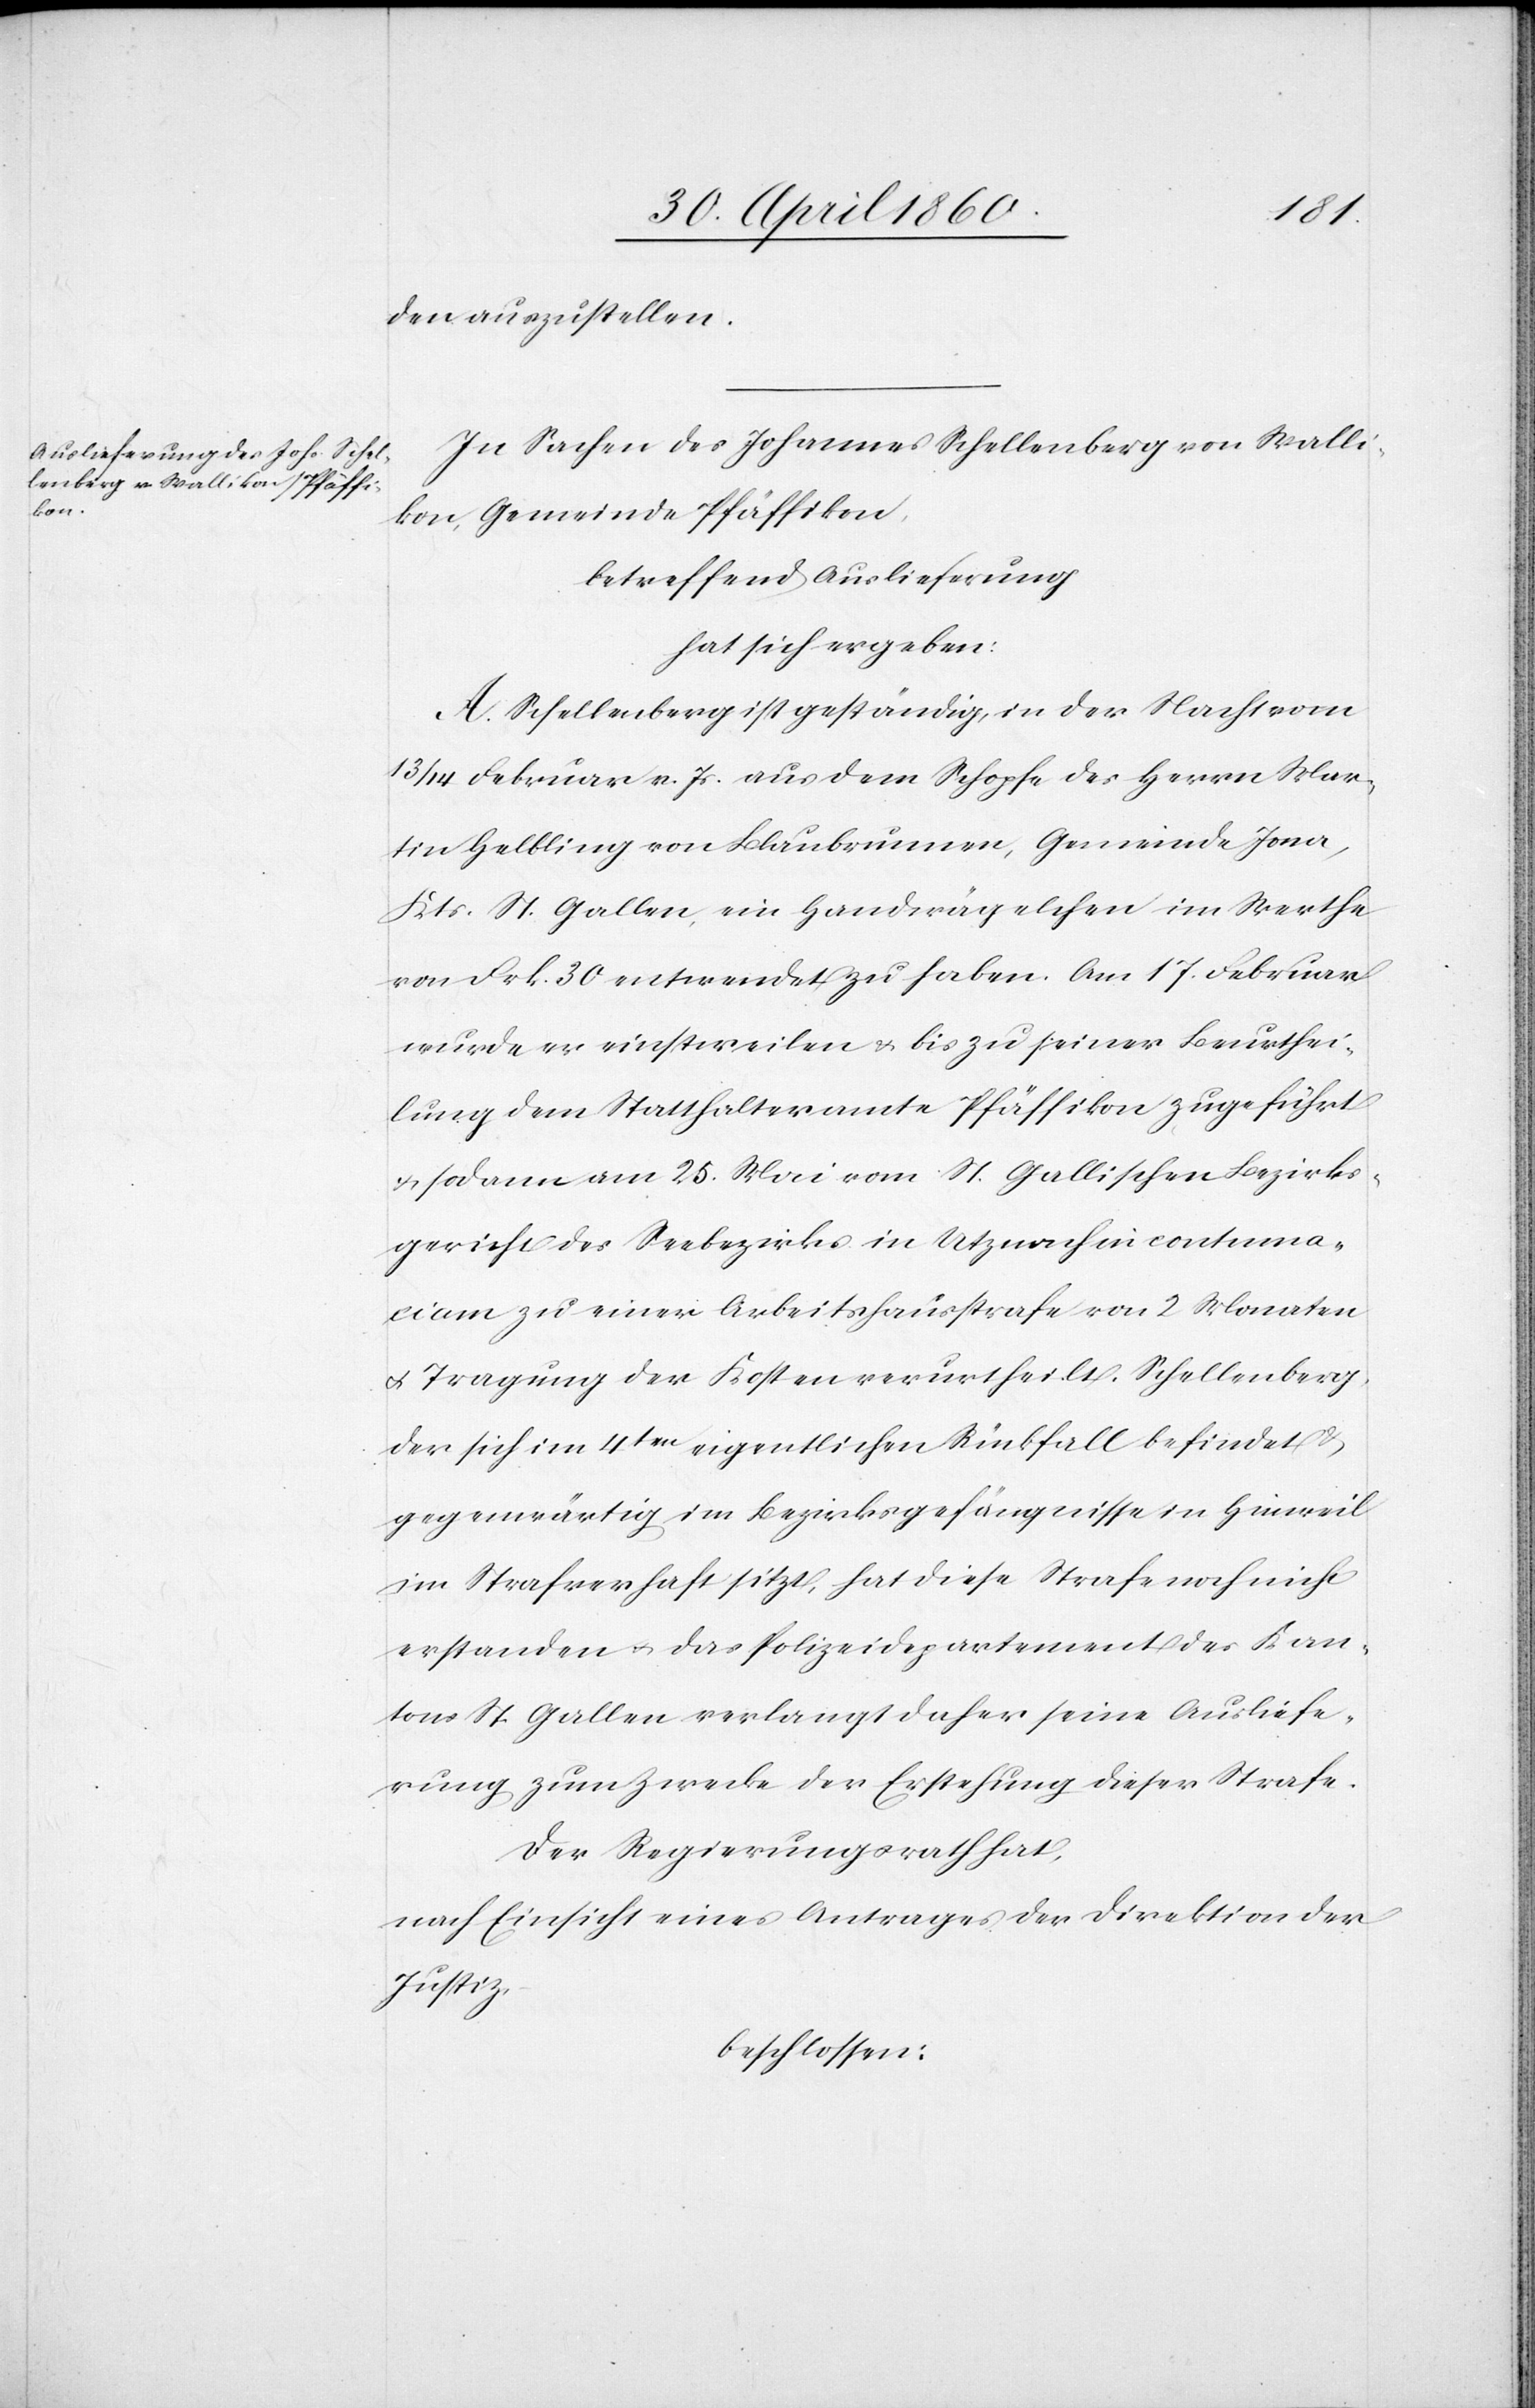
den auszustellen.
In Sachen des Johannes Schellenberg von Walli¬
kon, Gemeinde Pfäffikon,
betreffend Auslieferung
hat sich ergeben:
A. Schellenberg ist geständig, in der Nacht vom
13/14 Februar v. Js. aus dem Schopfe des Herrn Mar¬
tin Hebling von Blaubrunnen, Gemeinde Jona,
Kts. St. Gallen, ein Handwägelchen im Werthe
von Frk. 30 entwendet zu haben. Am 17. Februar
wurde er einstweilen u. bis zu seiner Beurthei¬
lung dem Statthalteramte Pfäffikon zugeführt
u. sodann am 25. Mai vom St. Gallischen Bezirks¬
gericht des Seebezirkes in Utznach in contuma¬
ciam zu einer Arbeitshausstrafe von 2 Monaten
u. Tragung der Kosten verurtheilt. Schellenberg,
der sich im 4ten eigentlichen Rückfall befindet u.
gegenwärtig im Bezirksgefängnisse in Hinweil
im Strafverhaft sitzt, hat diese Strafe noch nicht
erstanden u. das Polizeidepartement des Kan¬
tons St. Gallen verlangt daher seine Ausliefe¬
rung zum Zwecke der Erstehung dieser Strafe.
Der Regierungsrath hat,
nach Einsicht eines Antrages der Direktion der
Justiz,
beschlossen: